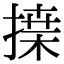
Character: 𢱴